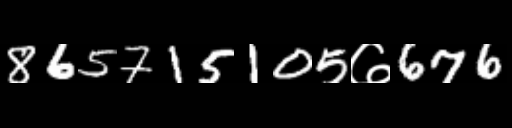
Text: 865715105७676